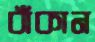
বাঁকান